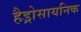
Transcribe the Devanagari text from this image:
हैड्रोसायनिक